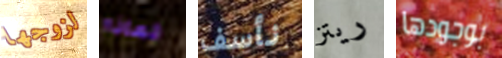
لزوجها لماذا نأسف ريتز بوجودها